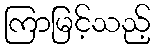
ကြာမြင့်သည့်